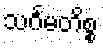
သင်္ဂမတိစ္စ